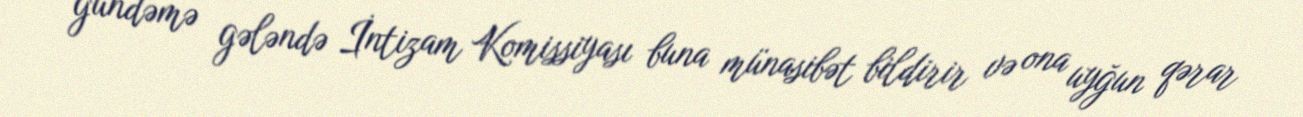
gündəmə gələndə İntizam Komissiyası buna münasibət bildirir və ona uyğun qərar